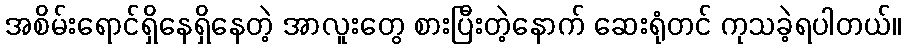
အစိမ်းရောင်ရှိနေရှိနေတဲ့ အာလူးတွေ စားပြီးတဲ့နောက် ဆေးရုံတင် ကုသခဲ့ရပါတယ်။